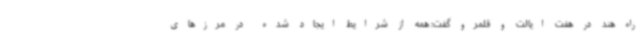
راه هند در هفت ایالت و قلمرو گفت: همه از شرایط ایجاد شده در مرزهای